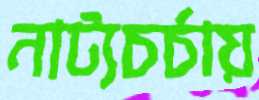
নাট্যচর্চায়